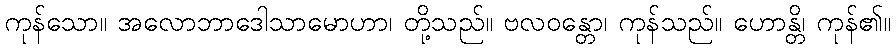
ကုန်သော။ အလောဘာဒေါသာမောဟာ၊ တို့သည်။ ဗလဝန္တော၊ ကုန်သည်။ ဟောန္တိ၊ ကုန်၏။